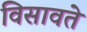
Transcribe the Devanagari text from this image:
विसावते